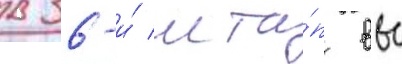
в 36-и́ мта́п ввс